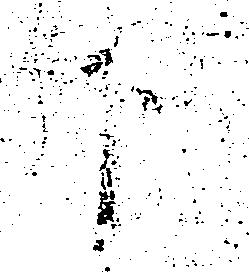
下